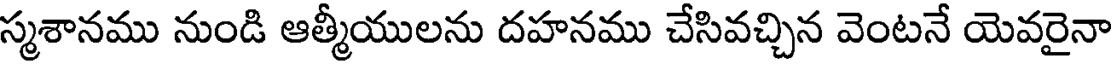
స్మశానము నుండి ఆత్మీయులను దహనము చేసివచ్చిన వెంటనే యెవరైనా